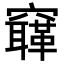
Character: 𥨳